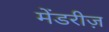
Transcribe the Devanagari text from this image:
मेंडरीज़